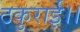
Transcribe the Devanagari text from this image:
ठकुराई।।